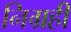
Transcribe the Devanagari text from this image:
निग्रही